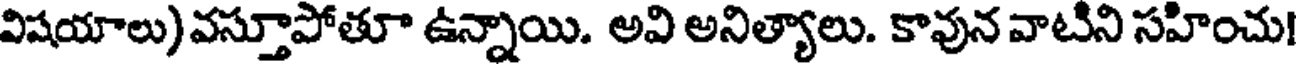
విషయాలు)వస్తూపోతూ ఉన్నాయి. అవి అనిత్యాలు. కావున వాటిని సహించు